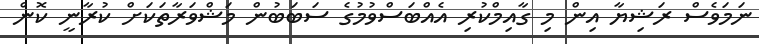
ނަމަވެސް ރަޝިޔާ އިން މި ގާއިމްކުރި އެއްބަސްވުމުގެ ސަބަބުން މަޝްވަރާތަކަށް ކުރާނީ ކޮން